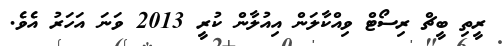
ރީތި ބީޗް ރިސޯޓް ވިއްކާލަން އިއުލާން ކުރީ 2013 ވަނަ އަހަރު އެވެ.